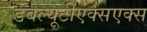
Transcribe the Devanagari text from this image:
डबल्यूटीएक्सएक्स